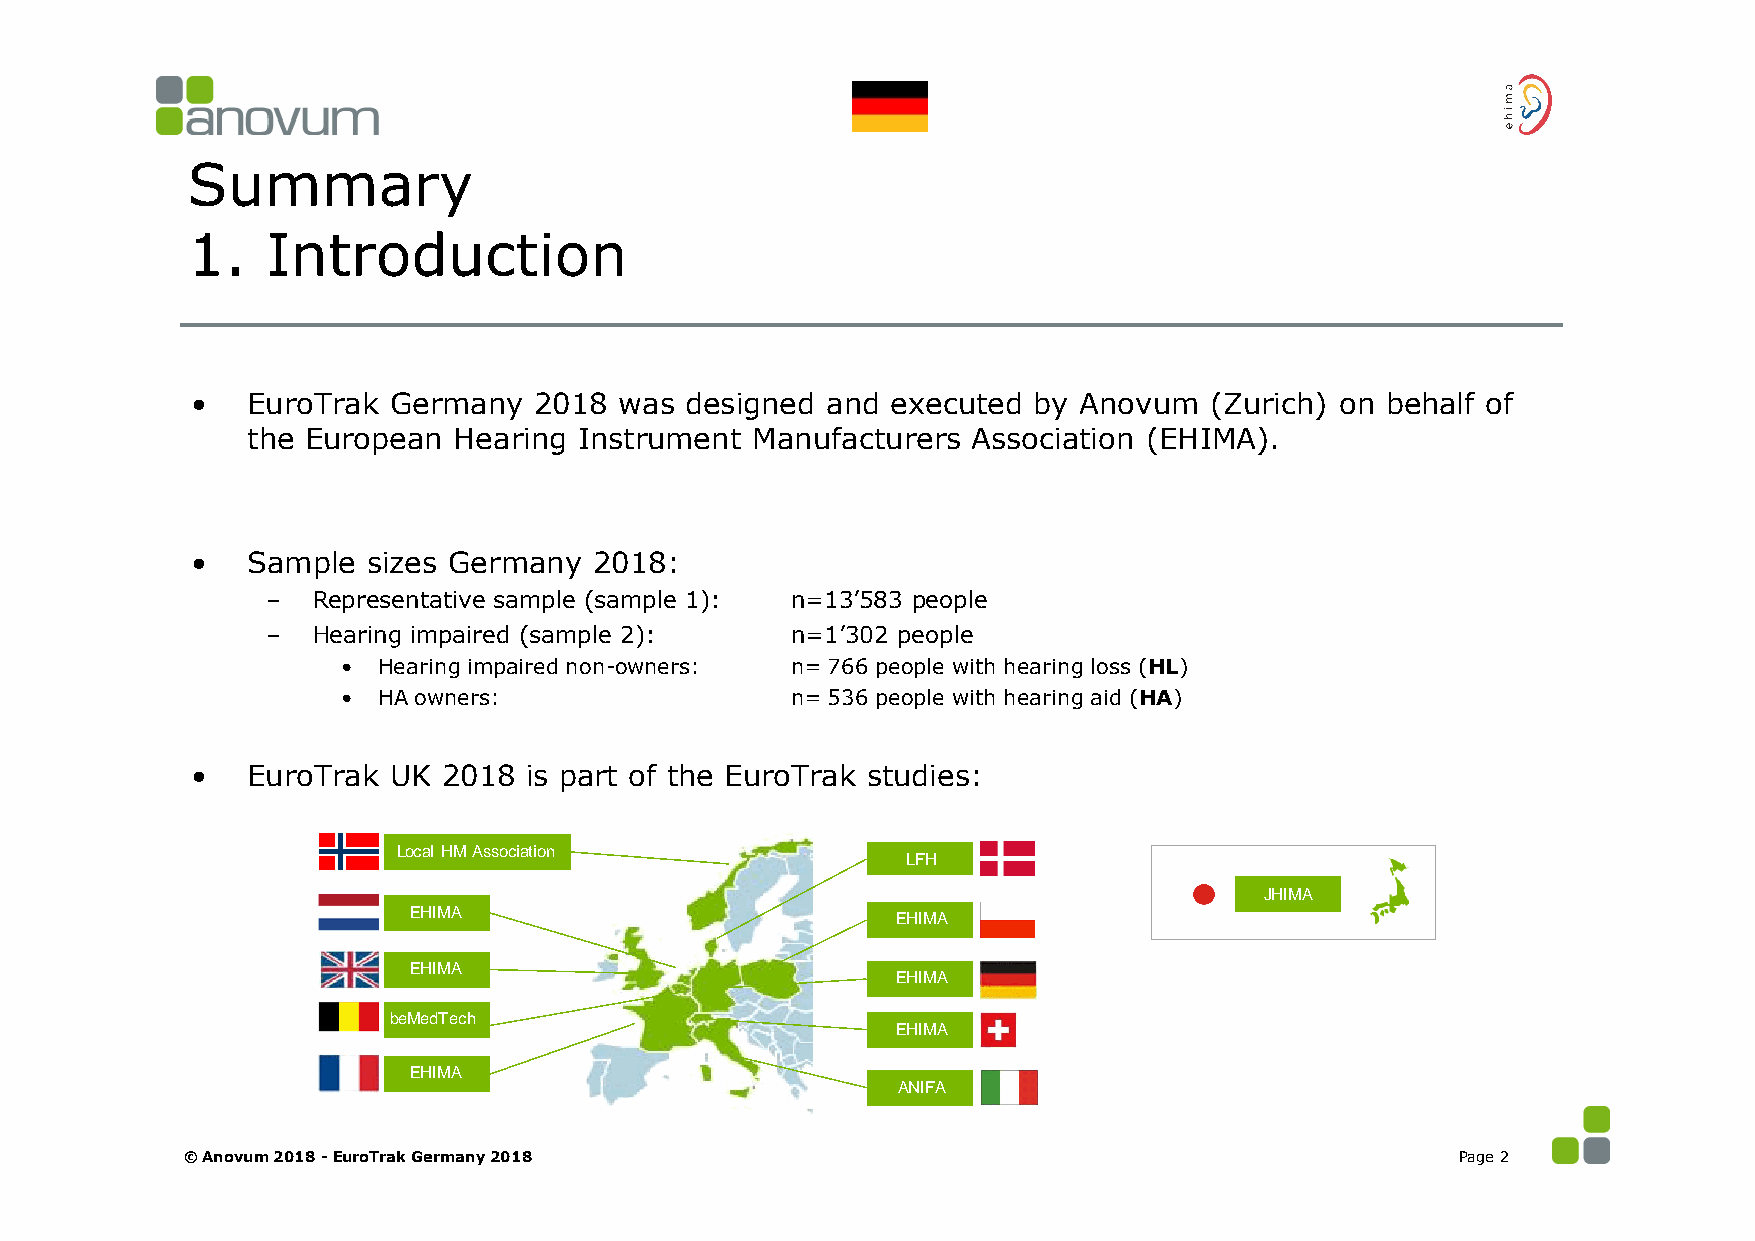
Summary
 1.    Introduction
 •  EuroTrak  Germany  2018  was designed  and executed by Anovum   (Zurich) on behalf of
 the European  Hearing Instrument  Manufacturers Association (EHIMA).
 •  Sample  sizes Germany  2018:
 –  Representative sample (sample 1): n=13’583 people
 –  Hearing impaired (sample 2):   n=1’302 people
 • Hearing impaired non-owners: n= 766 people with hearing loss (HL)
 • HA owners:                 n= 536 people with hearing aid (HA)
 •  EuroTrak  UK 2018  is part of the EuroTrak studies:
 Local HM Association
 LFH
 JHIMA
 LoEcHalI MHAM Association        EHIMA
 EHIMA
 EHIMA
 beMedTech
 EHIMA                           EHIMA
 EHIMA
 ANIFA
 © Anovum 2018 -EuroTrak Germany 2018                                                 Page 2